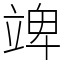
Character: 䇑